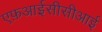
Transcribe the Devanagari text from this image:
एफ़आईसीसीआई